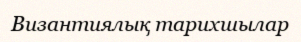
Византиялық тарихшылар